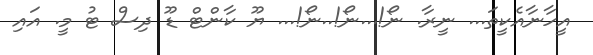
އީހާނާއެކީތަ... ނީރާ. ނޯ!...ނޯ!..ނޯ!... ޔޫ ކާންޓް ޑޫ ދިސް ޓު މީ. އައި